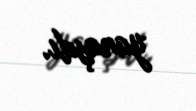
yanaşdı.